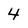
Character: 4